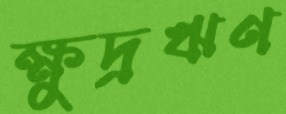
ক্ষুদ্রঋণ